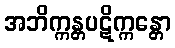
အဘိက္ကန္တပဋိက္ကန္တော